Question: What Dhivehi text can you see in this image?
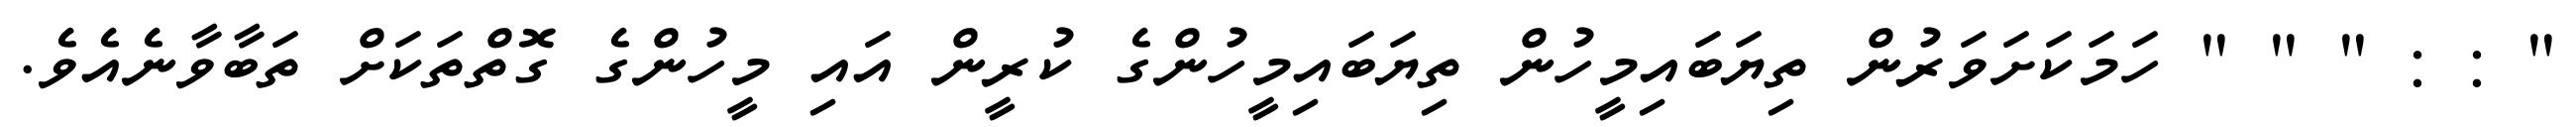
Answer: " : : " " " ހަމަކަށަވަރުން ތިޔަބައިމީހުން ތިޔަބައިމީހުންގެ ކުރީން އައި މީހުންގެ ގޮތްތަކަށް ތަބާވާނެއެވެ.